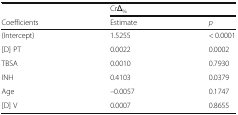
<table><thead><tr><td></td><td colspan="2"><b>CrΔ<sub>%</sub></b></td></tr><tr><td><b>Coefficients</b></td><td><b>Estimate</b></td><td><b><i>p</i></b></td></tr></thead><tbody><tr><td>(Intercept)</td><td>1.5255</td><td>&lt; 0.0001</td></tr><tr><td>[D] PT</td><td>0.0022</td><td>0.0002</td></tr><tr><td>TBSA</td><td>0.0010</td><td>0.7930</td></tr><tr><td>INH</td><td>0.4103</td><td>0.0379</td></tr><tr><td>Age</td><td>–0.0057</td><td>0.1747</td></tr><tr><td>[D] V</td><td>0.0007</td><td>0.8655</td></tr></tbody></table>